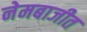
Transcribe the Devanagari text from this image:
नेमबाजीत